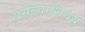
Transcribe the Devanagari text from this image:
बसल्याशिवय